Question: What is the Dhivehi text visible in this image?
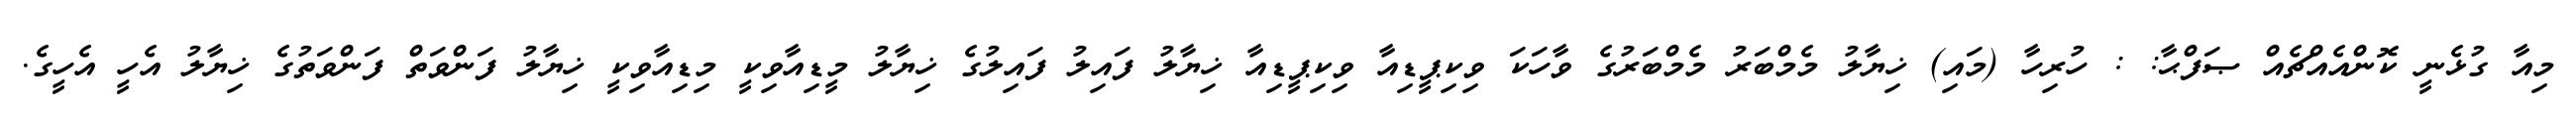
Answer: މިއާ ގުޅެނީ ކޮންއެއްޗެއް ޞަފްޙާ: : ހުރިހާ (މައި) ޚިޔާލު މެމްބަރު މެމްބަރުގެ ވާހަކަ ވިކިޕީޑިއާ ވިކިޕީޑިއާ ޚިޔާލު ފައިލު ފައިލުގެ ޚިޔާލު މީޑިއާވިކީ މިޑިއާވިކީ ޚިޔާލު ފަންވަތް ފަންވަތުގެ ޚިޔާލު އެހީ އެހީގެ.